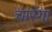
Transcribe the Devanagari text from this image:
चारंगा